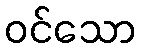
ဝင်သော